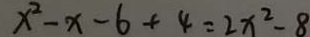
x ^ { 2 } - x - 6 + 4 = 2 x ^ { 2 } - 8